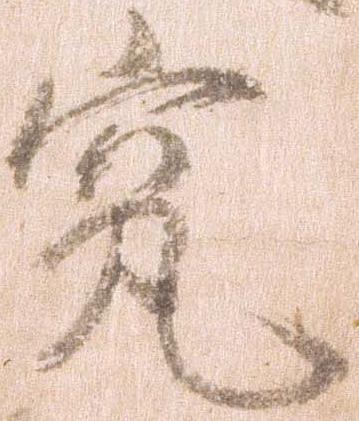
究